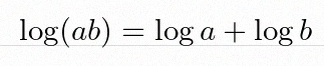
\log(ab)=\log a+\log b